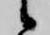
候